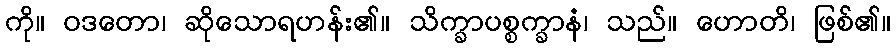
ကို။ ဝဒတော၊ ဆိုသောရဟန်း၏။ သိက္ခာပစ္စက္ခာနံ၊ သည်။ ဟောတိ၊ ဖြစ်၏။